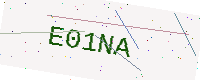
Text: E01NA